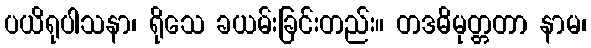
ပယိရုပါသနာ၊ ရိုသေ ခယမ်းခြင်းတည်း။ တဒဓိမုတ္တတာ နာမ၊